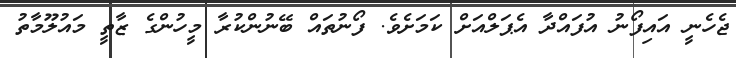
ޖެހެނީ އައިފޯނު އުފައްދާ އެޕަލްއަށް ކަމަށެވެ. ފޯނުތައް ބޭނުންކުރާ މީހުންގެ ޒާތީ މައުލޫމާތު